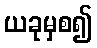
ယခုမှစ၍